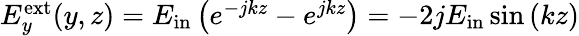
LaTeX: \begin{array}{r}{E_{y}^{\mathrm{ext}}(y,z)=E_{\mathrm{in}}\left(e^{-jkz}-e^{jkz}\right)=-2jE_{\mathrm{in}}\sin{\left(kz\right)}}\end{array}